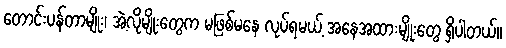
တောင်းပန်တာမျိုး၊ အဲ့လိုမျိုးတွေက မဖြစ်မနေ လုပ်ရမယ့် အနေအထားမျိုးတွေ ရှိပါတယ်။